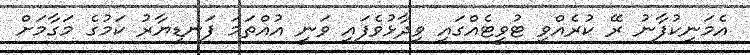
އެމަނިކުފާނު ރޭ ކުރެއްވި ޓުވީޓެއްގައި ވިދާޅުވެފައި ވަނީ އުއްތަމަ ފަނޑިޔާރު ކަމުގެ މަގާމަށް